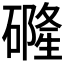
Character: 𱴶